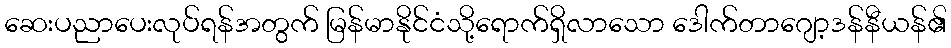
ဆေးပညာပေးလုပ်ရန်အတွက် မြန်မာနိုင်ငံသို့ရောက်ရှိလာသော ဒေါက်တာဂျော့ဒန်နီယန်၏